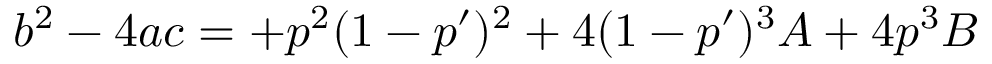
b ^ { 2 } - 4 a c = + p ^ { 2 } ( 1 - p ^ { \prime } ) ^ { 2 } + 4 ( 1 - p ^ { \prime } ) ^ { 3 } A + 4 p ^ { 3 } B